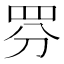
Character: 𱺺